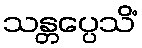
သန္တပ္ပေသိံ